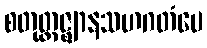
စတုတ္ထဇ္ဈာနသဟဂတံပေ